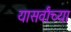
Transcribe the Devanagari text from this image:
यासर्वांच्या